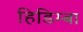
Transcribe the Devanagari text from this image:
हिडिम्‍बा